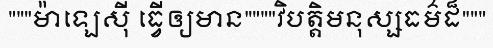
"""ម៉ាឡេស៊ី ធ្វើឲ្យមាន""""វិបត្តិមនុស្សធម៌ដ៏"""